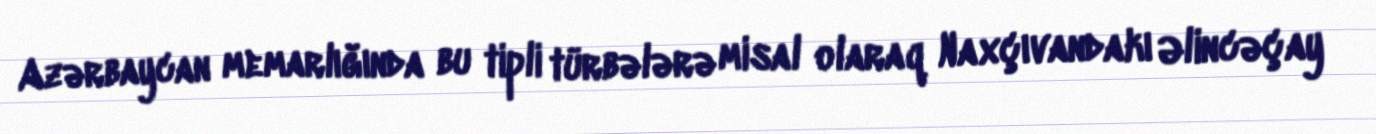
Azərbaycan memarlığında bu tipli türbələrə misal olaraq Naxçıvandakı Əlincəçay